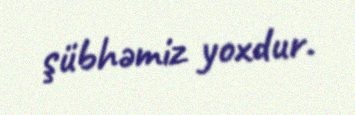
şübhəmiz yoxdur.